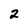
Character: 2